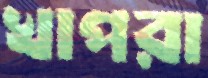
খাপরা